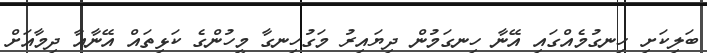
ބަލިކަށި ހިނގުމެއްގައި އޭނާ ހިނގަމުން ދިޔައިރު މަގުހިނގާ މީހުންގެ ކަޅިތައް އޭނާއާ ދިމާއަށް